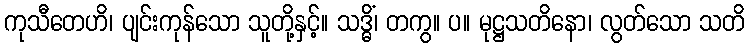
ကုသီတေဟိ၊ ပျင်းကုန်သော သူတို့နှင့်။ သဒ္ဓိံ၊ တကွ။ ပ။ မုဋ္ဌသတိနော၊ လွတ်သော သတိ